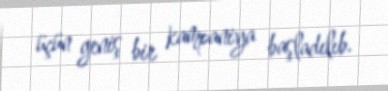
üçün geniş bir kampaniya başladılıb.